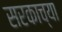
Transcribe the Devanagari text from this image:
सरकाच्या